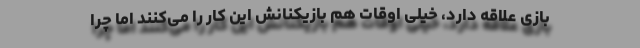
بازی علاقه دارد، خیلی اوقات هم بازیکنانش این کار را می‌کنند اما چرا